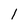
Character: 1